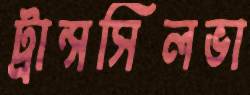
ট্রান্সসিলভা